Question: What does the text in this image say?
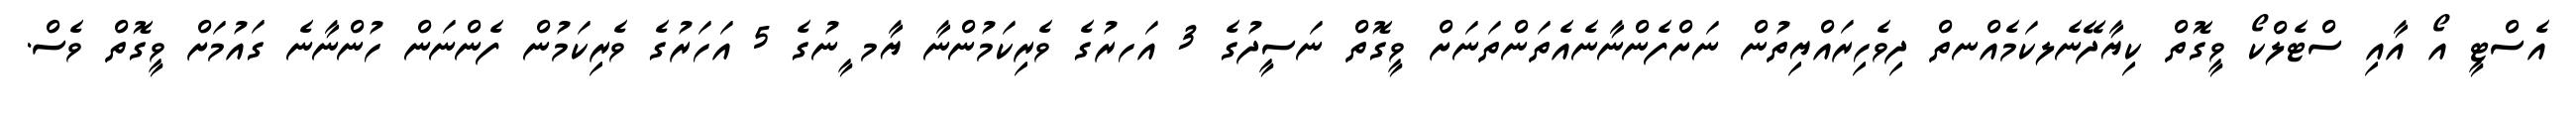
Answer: އެސްޓީ އޯ އާއި ސްޓެލްކޯ ވީގޮތް ކިޔާދޭނެލކަމެއްނތް ދިވެހިރައްޔިތުން ނަށްފެންނާނެއެތަންތަނަށް ވީގޮތް ނަސީދުގެ 3 އަހރުގެ ވެރިކަމުންނާ ޔާމ ީނުގެ 5 އަހަރުގެ ވެރިކަމުން ފެންނަން ހުންނާނެ ގައުމަށް ވީގޮތް ވެސް.